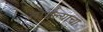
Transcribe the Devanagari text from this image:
तोडल्याचा